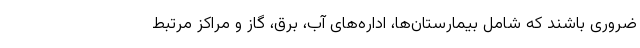
ضروری باشند که شامل بیمارستان‌ها، اداره‌های آب، برق، گاز و مراکز مرتبط